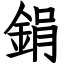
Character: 鋗